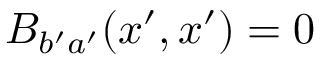
B _ { b ^ { \prime } a ^ { \prime } } ( x ^ { \prime } , x ^ { \prime } ) = 0